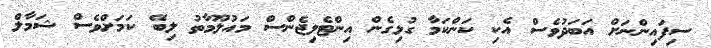
ސިފައިންނަށް އަބަދުވެސް އެކި ކަންކަމާ ގުޅިގެން އިންޓެލިޖެންސް މައުލޫމާތު ލިބޭ ކަމަށްވެސް ޝަމާލް